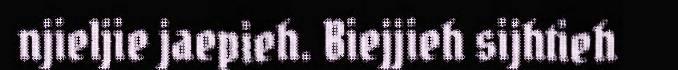
njieljie jaepieh. Biejjieh sijhtieh